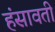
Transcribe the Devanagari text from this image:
हंसावती